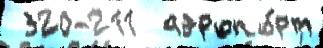
 320-211  аэропо́рт